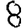
Digit: 8